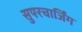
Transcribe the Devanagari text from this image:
सुपरचार्जिंग